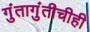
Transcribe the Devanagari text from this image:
गुंतागुंतीचीही